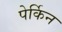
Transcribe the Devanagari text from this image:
पेर्किन